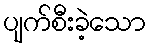
ပျက်စီးခဲ့သော